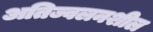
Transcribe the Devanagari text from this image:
अतिज्वलनशील